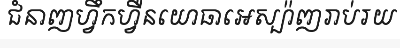
ជំនាញហ្វឹកហ្វឺនយោធាអេស្ប៉ាញរាប់រយ